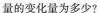
量的变化量为多少?